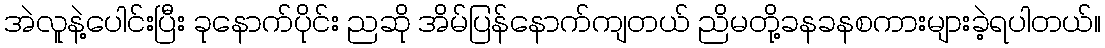
အဲလူနဲ့ပေါင်းပြီး ခုနောက်ပိုင်း ညဆို အိမ်ပြန်နောက်ကျတယ် ညိမတို့ခနခနစကားများခဲ့ရပါတယ်။